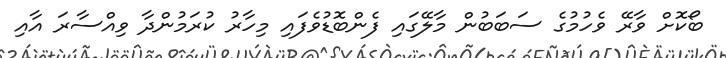
ބޯކޮށް ވާރޭ ވެހުމުގެ ސަބަބުން މާލޭގައި ފެންބޮޑުވެފައި މިހާރު ކުރަމުންދާ ވިއްސާރަ އާއި